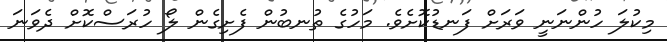
މިކުލަ ހުންނަނީ ވަރަށް ފަނޑުކޮށެވެ. މަހުގެ ތުނބުން ފެށިގެން ލޯ ހުރަސްކޮށް ދެވަނަ